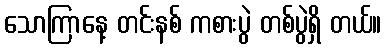
သောကြာနေ့ တင်းနစ် ကစားပွဲ တစ်ပွဲရှိ တယ်။